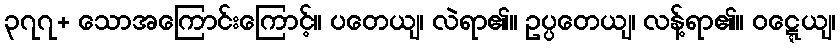
၃၇၇+ သောအကြောင်းကြောင့်။ ပတေယျ၊ လဲရာ၏။ ဥပ္ပတေယျ၊ လန့်ရာ၏။ ဝဋ္ဋေယျ၊